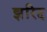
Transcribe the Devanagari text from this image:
झरिद